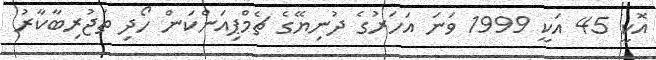
އޮކީ 45 އަކީ 1999 ވަނަ އަހަރުގެ ދުނިޔޭގެ ޗެމްޕިއަންކަން ހޯދި ތަޖުރިބާކާރު